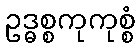
ဥဒ္ဓစ္စကုကုစ္စံ